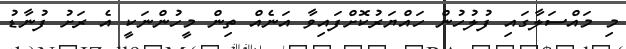
މި މައްސަލާގައި ފުލުހުން ހައްޔަރުކޮށްފައިވާ އަނެއް ތިން މީހުންނަކީ އެ ރަށު ފުނާޑު